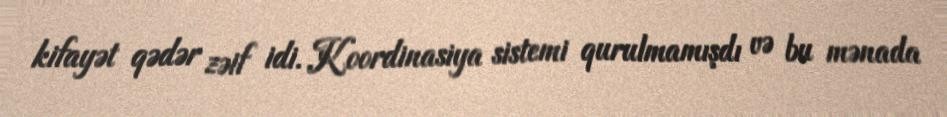
kifayət qədər zəif idi. Koordinasiya sistemi qurulmamışdı və bu mənada